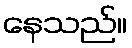
နေသည်။